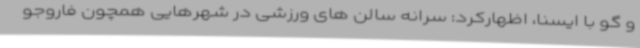
و گو با ایسنا، اظهارکرد: سرانه سالن های ورزشی در شهرهایی همچون فاروجو